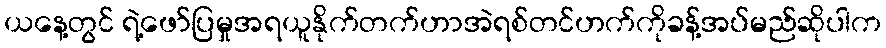
ယနေ့တွင် ရဲ့ဖော်ပြမှုအရယူနိုက်တက်ဟာအဲရစ်တင်ဟက်ကိုခန့်အပ်မည်ဆိုပါက